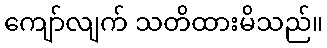
ကျော်လျက် သတိထားမိသည်။